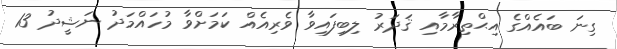
ގިނަ ބައެއްގެ އިޙްތިރާމާއި ޤަދަރު ލިބިފައިވާ ވެރިއެއް ކަމަށްވާ މުހައްމަދު ނަޝީދު 13